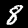
Label: 8